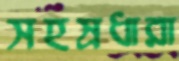
সহস্রধারা